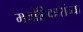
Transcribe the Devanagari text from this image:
मनोविकारांच्या